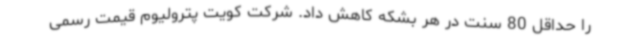
را حداقل 80 سنت در هر بشکه کاهش داد. شرکت کویت پترولیوم قیمت رسمی